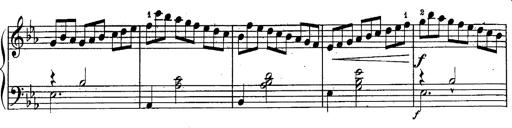
Title: Schubert's Impromptus [revised and edited by Franz Liszt]
Composer: Franz Liszt